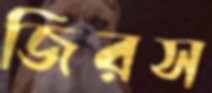
জিরস